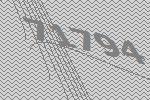
71794